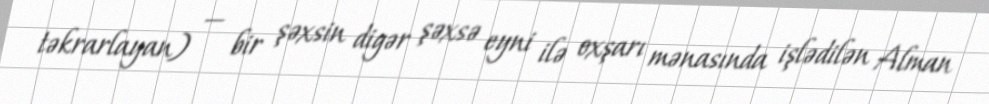
təkrarlayan) — bir şəxsin digər şəxsə eyni ilə oxşarı mənasında işlədilən Alman